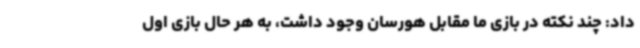
داد: چند نکته در بازی ما مقابل هورسان وجود داشت، به هر حال بازی اول